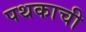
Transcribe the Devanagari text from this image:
पथकाची